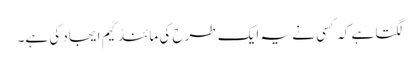
لگتا ہے کہ کسی نے یہ ایک طرح کی مائنڈ گیم ایجاد کی ہے۔